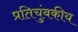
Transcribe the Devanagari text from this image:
प्रतिचुंबकीय